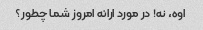
اوه، نه! در مورد ارائه امروز شما چطور؟